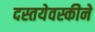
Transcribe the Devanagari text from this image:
दस्तयेवस्कीने